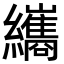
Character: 纗